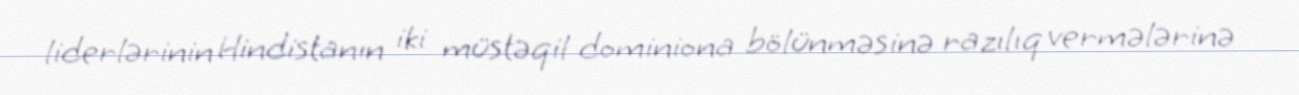
liderlərinin Hindistanın iki müstəqil dominiona bölünməsinə razılıq vermələrinə